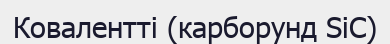
Ковалентті (карборунд SiC)